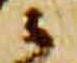
云